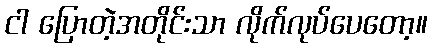
ငါ ပြောတဲ့အတိုင်းသာ လိုက်လုပ်ပေတော့။